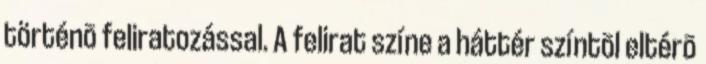
történõ feliratozással. A felirat színe a háttér színtõl eltérõ